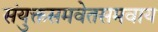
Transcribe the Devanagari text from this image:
संयुक्तसमवेतसमवाय